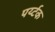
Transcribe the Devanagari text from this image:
पर्य्टक